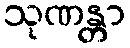
သုဏန္တာ